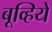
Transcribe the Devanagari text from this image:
बूव्हिये